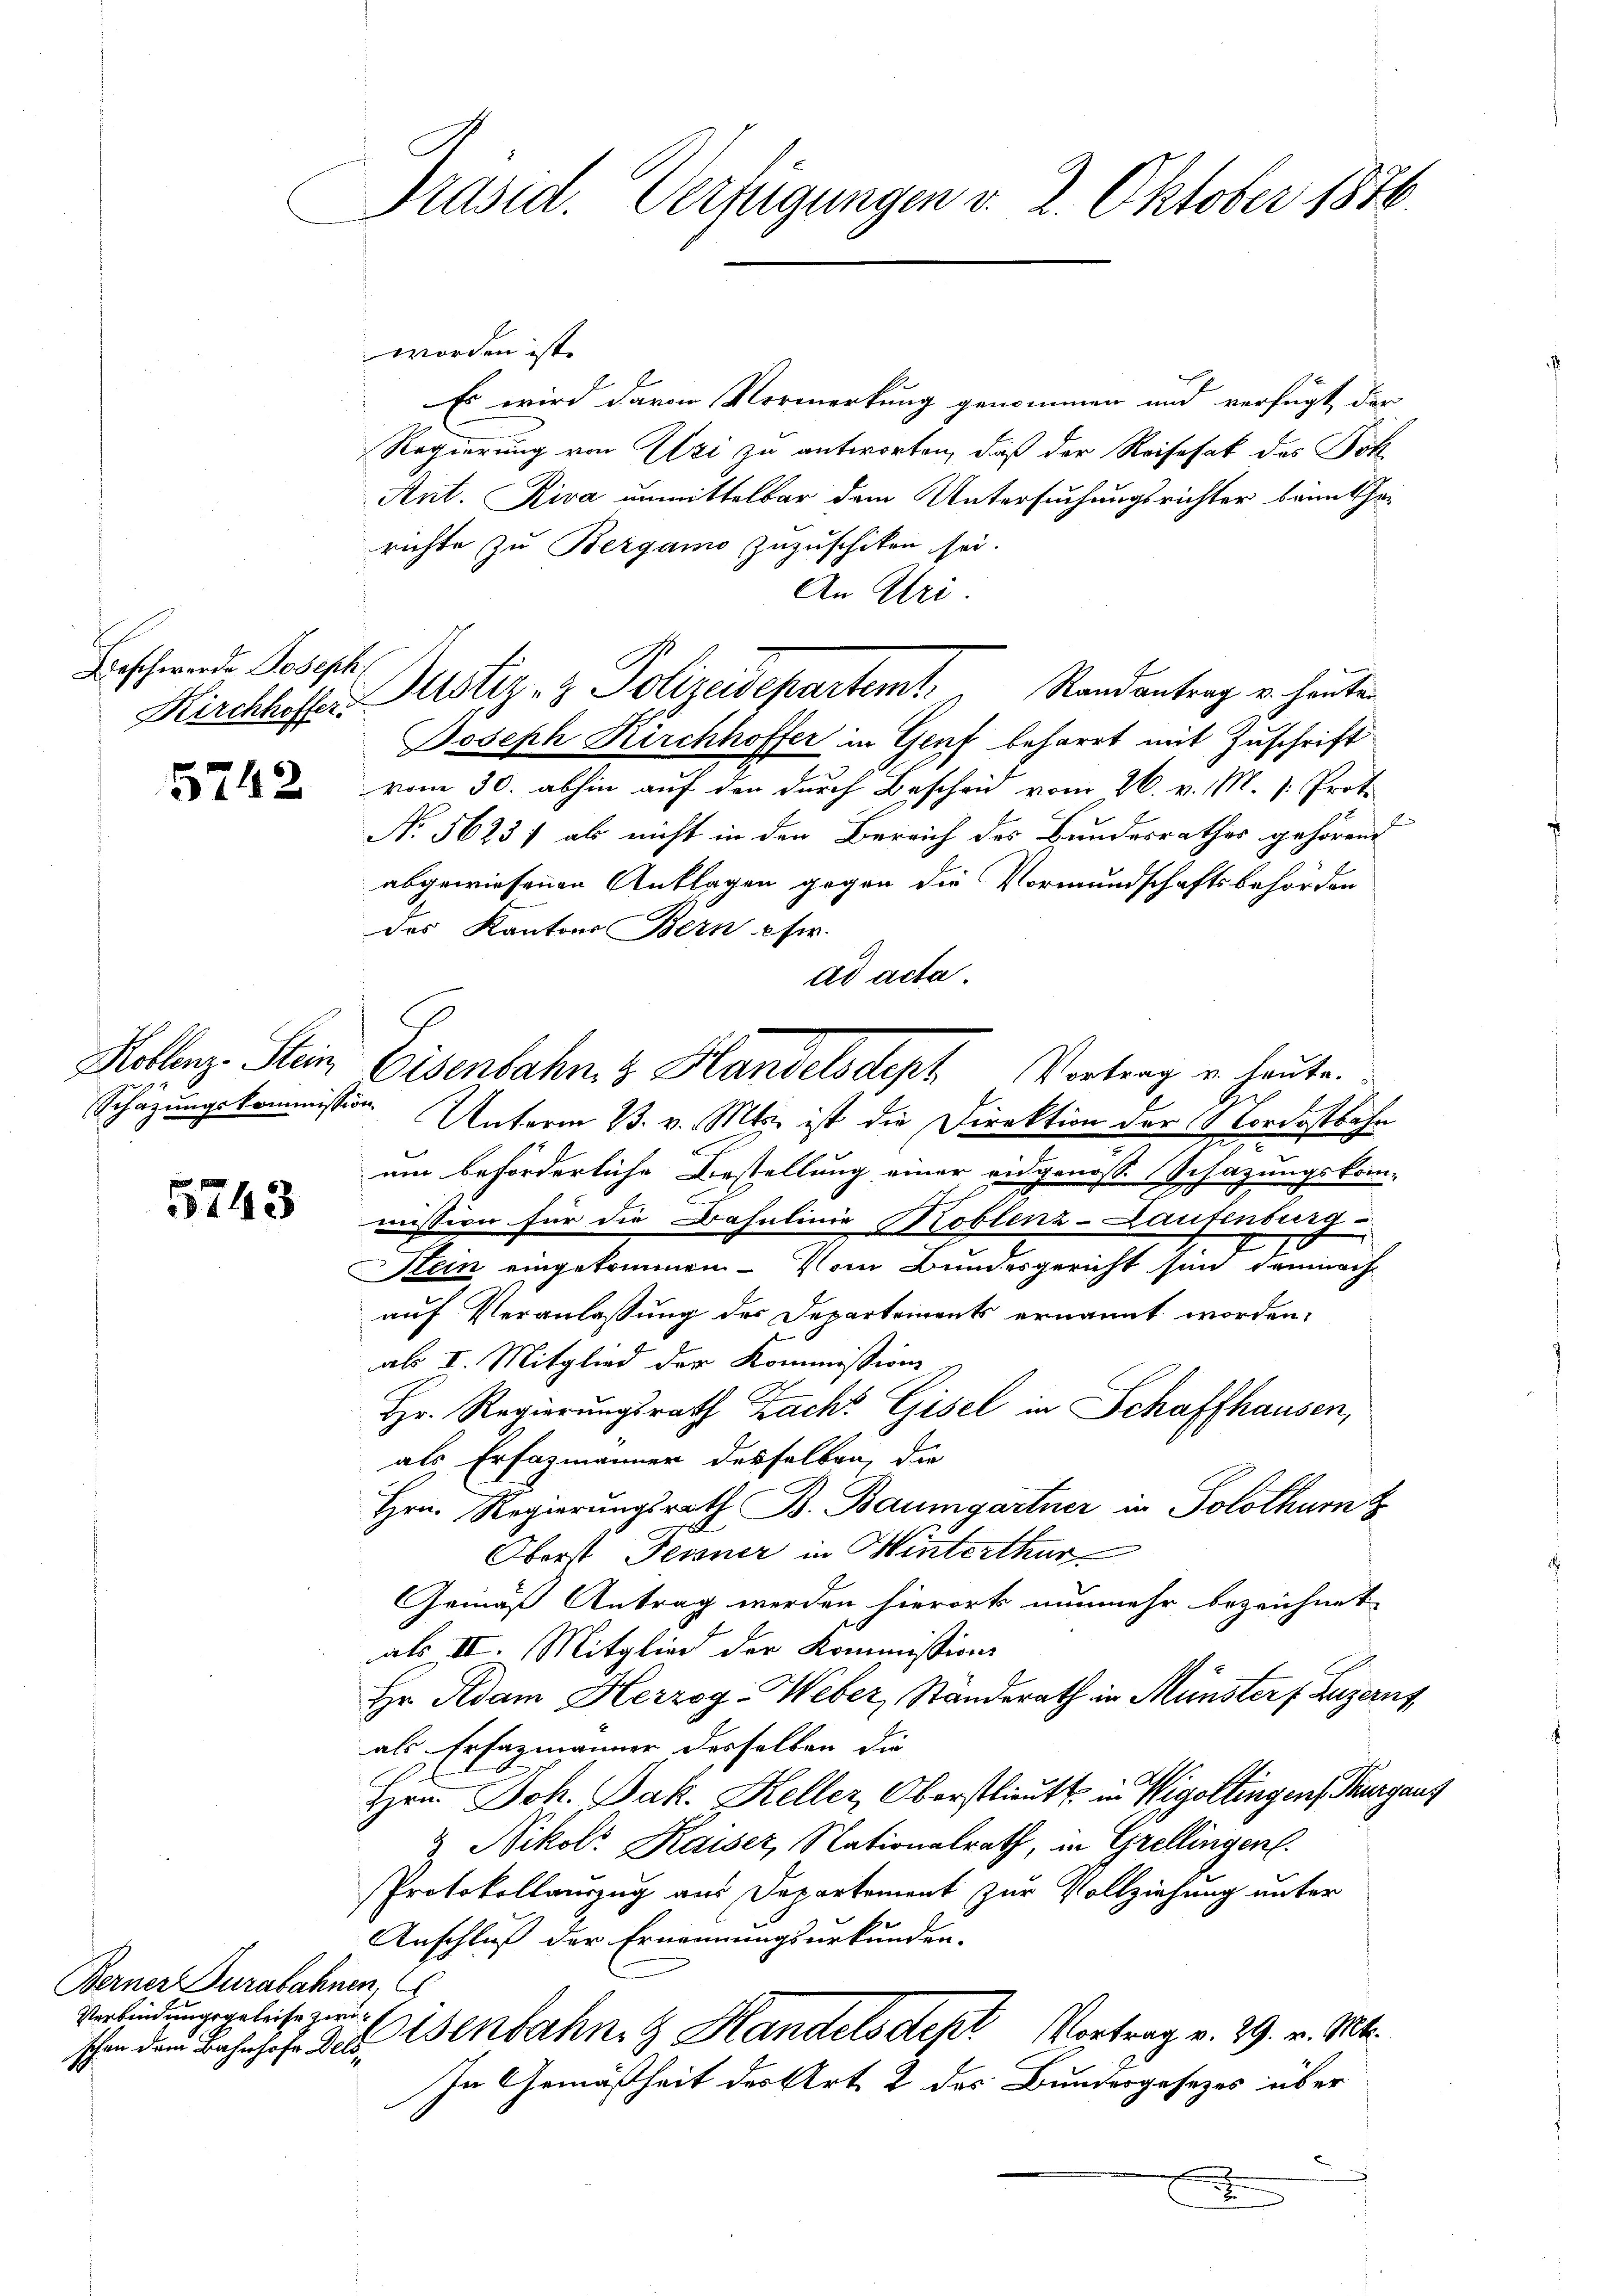
Beschwerde Joseph,

5743

Berner Jurabahnen,
Verbindungsgeleise zwec

Präsid. Verfügungen v. 2. Oktober 1886.

worden ist.
Es wird davon Vormerkung genommen und verfügt, der
Regierung von Uzi zu antworten, daß der Reisesak des Pol
Ant. Riva unmittelbar dem Untersuchungsrichter beim Therichte zu Bergamo zuzuschiken sei.
An Uri
Kirchhoffer Mustiz- & Polizeidepartemt. Randantrag u. heuten
Joseph Kirchhoffer in Genf beharrt mit Zuschrift
 vom 30. abhin auf den durch Bescheid vom 26. v. M. v. Proto
No 5623/ als nicht in den Bereich des Bundesrathes gehörend
abgewiesenen Anklagen gegen die Vormundschaftsbehörden
des Kantons Bern c fr.
ad acta.
Schazungskommission. Unterm 13. v. Mts. ist die Direktion der Nordostbahn
um beförderliche Bestellung einer eidgenösse Schazungskom-
mission für die Bahnlinie Koblenz-Laufenburg
Stein eingekommen - Vom Bundesgericht sind demnach
auf Veranlassung der Departements ernannt worden.
abs I. Mitglied der Kommissions
Hr. Regierungsrath Zach Gisel in Schaffhausen,
als Erfazmänner desselben, die
Hrn. Regierungsrath B. Baumgartner in Solothurn
Oberst Jenner in Hinterthur
Gemäß Antrag werden hierort nunmehr bezeichnet
als II. Mitglied der Kommissions
Hr. Adam Herzog Weber, Standerath in Münster, Luzerns,
als Erfazmänner desselben die
Hrn. Joh. Jak. Keller, Oberstlieutt in Wigoltingens Thurgaus
 Nikolr Kaiser, Nationalrath, in Grellingen.
Protokollauszug aus Departement zur Vollziehung unter
Anschluß der Ernennungsurkunden.
schen dem Bahnhofe des Isenbahn. Handelsdept Vortrag v. 29. v. Mt.
In Gemäßheit des Art. 2 des Bundesgesezes über
f

Kollenz Stein Eisenbahn & Handelsdeph Vortrag u. heute.